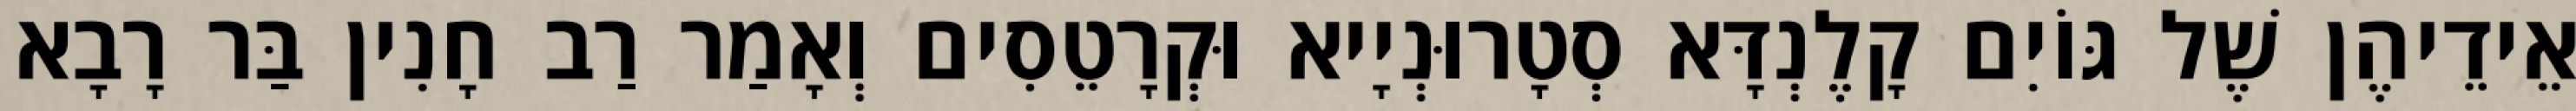
אֵידֵיהֶן שֶׁל גּוֹיִם קָלֶנְדָּא סְטָרוּנְיָיא וּקְרָטֵסִים וְאָמַר רַב חָנִין בַּר רָבָא